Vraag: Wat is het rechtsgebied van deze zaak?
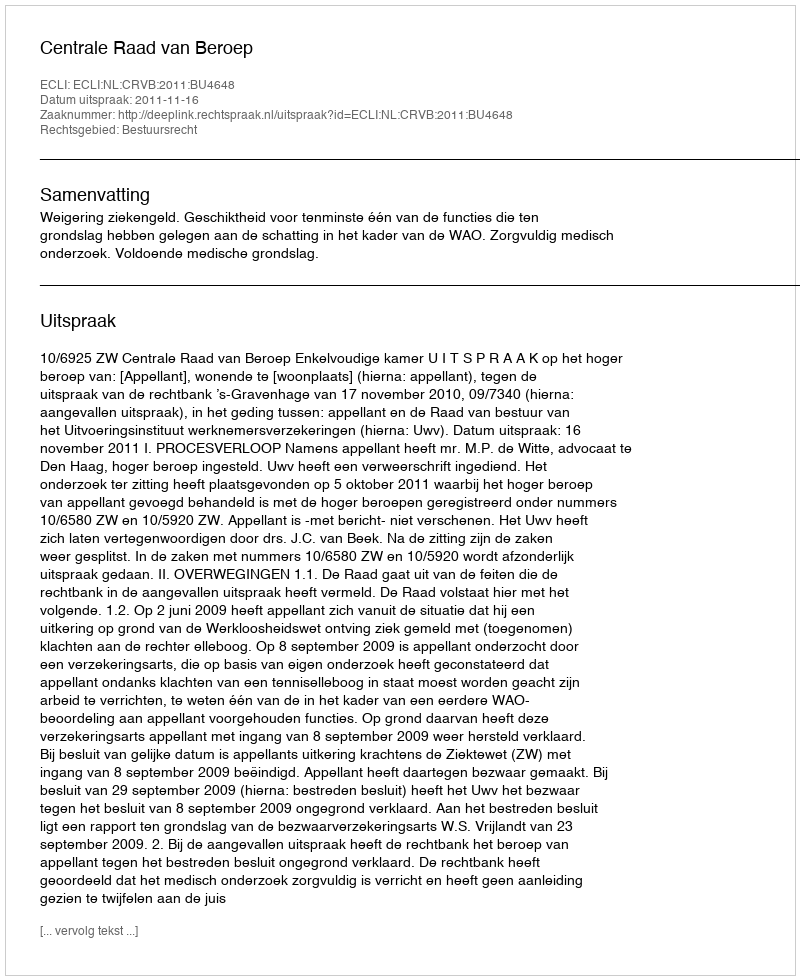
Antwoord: Bestuursrecht